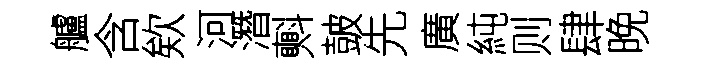
艫含欸河潛㪺皷先廣純则肆晚